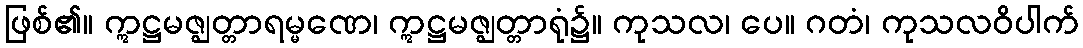
ဖြစ်၏။ ဣဋ္ဌမဇ္ဈတ္တာရမ္မဏေ၊ ဣဋ္ဌမဇ္ဈတ္တာရုံ၌။ ကုသလ၊ ပေ။ ဂတံ၊ ကုသလဝိပါက်